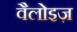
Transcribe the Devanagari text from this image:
वैलोइज़